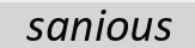
sanious